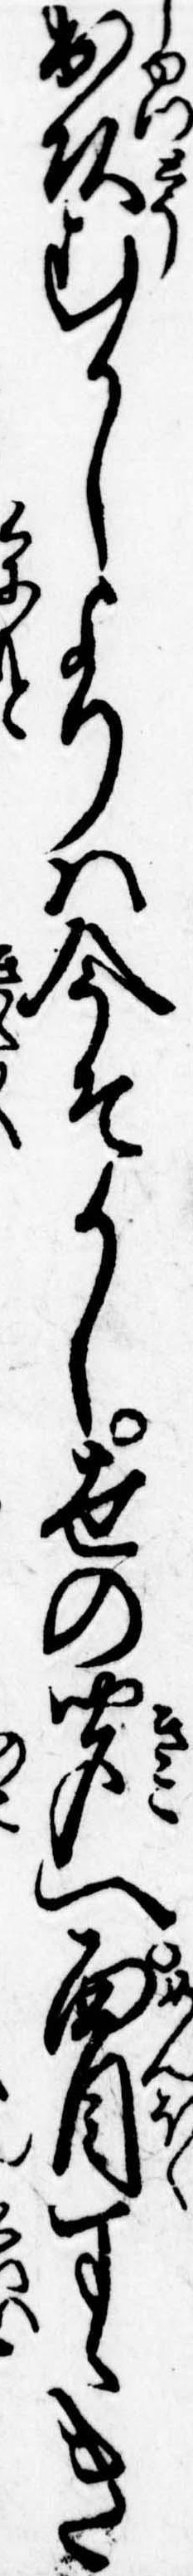
出頭むかしよりは今そかし世の聞へ面目すゝき